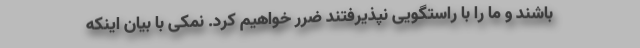
باشند و ما را با راستگویی نپذیرفتند ضرر خواهیم کرد. نمکی با بیان اینکه